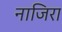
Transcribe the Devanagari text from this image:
नाजिरा